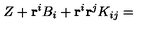
Z + \mathbf { r } ^ { i } B _ { i } + \mathbf { r } ^ { i } \mathbf { r } ^ { j } K _ { i j } =